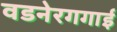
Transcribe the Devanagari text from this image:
वडनेरगगाई